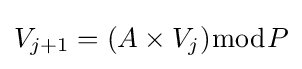
V_{j+1}=(A\times V_{j}){\bmod {P}}